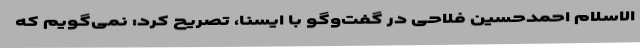
الاسلام احمدحسین فلاحی در گفت‌وگو با ایسنا، تصریح کرد: نمی‌گویم که